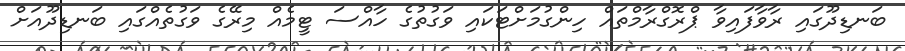
ބަނޑިދޫގައި ރާވާފައިވާ ޕްރޮގްރާމްތައް ހިންގުމަށްޓަކައި ވަގުތުގެ ހާއްސަ ޓީމެއް މިރޭގެ ވަގުތެއްގައި ބަނޑިދޫއަށް